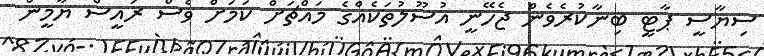
ސިޔާސީ ޕާޓީ ބިނާކުރެވެން ޖެހޭނީ އުސޫލުތަކެއްގެ މައްޗަށް ކަމަށް ވެސް ރައީސް ޔާމީން